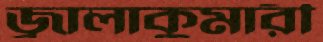
জ্বালাকুমারী